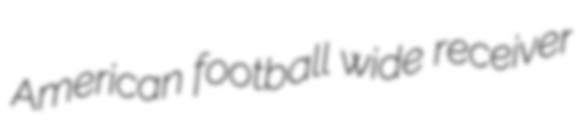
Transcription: American football wide receiver